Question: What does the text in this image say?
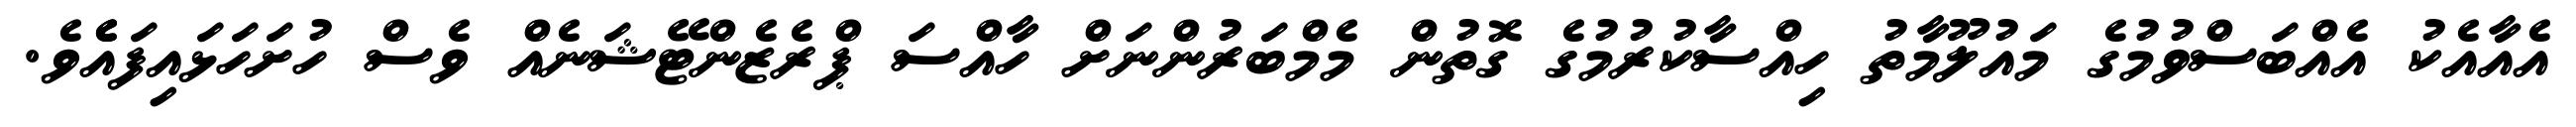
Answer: އެއާއެކު އެއްބަސްވުމުގެ މައުލޫމާތު ހިއްސާކުރުމުގެ ގޮތުން މެމްބަރުންނަށް ހާއްސަ ޕްރެޒެންޓޭޝަނެއް ވެސް ހުށަހަޅައިފައެެވެ.